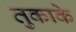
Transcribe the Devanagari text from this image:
तुकाके